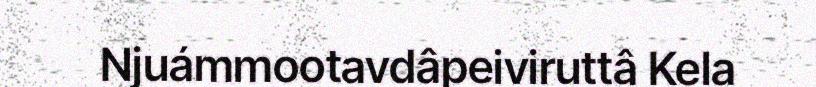
Njuámmootavdâpeiviruttâ Kela